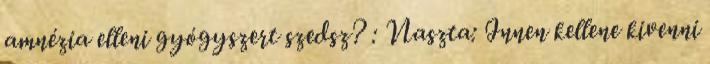
amnézia elleni gyógyszert szedsz? : Naszta: Innen kellene kivenni